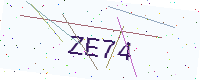
Text: ZE74